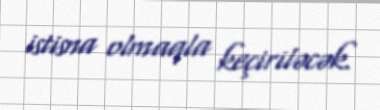
istisna olmaqla keçiriləcək.